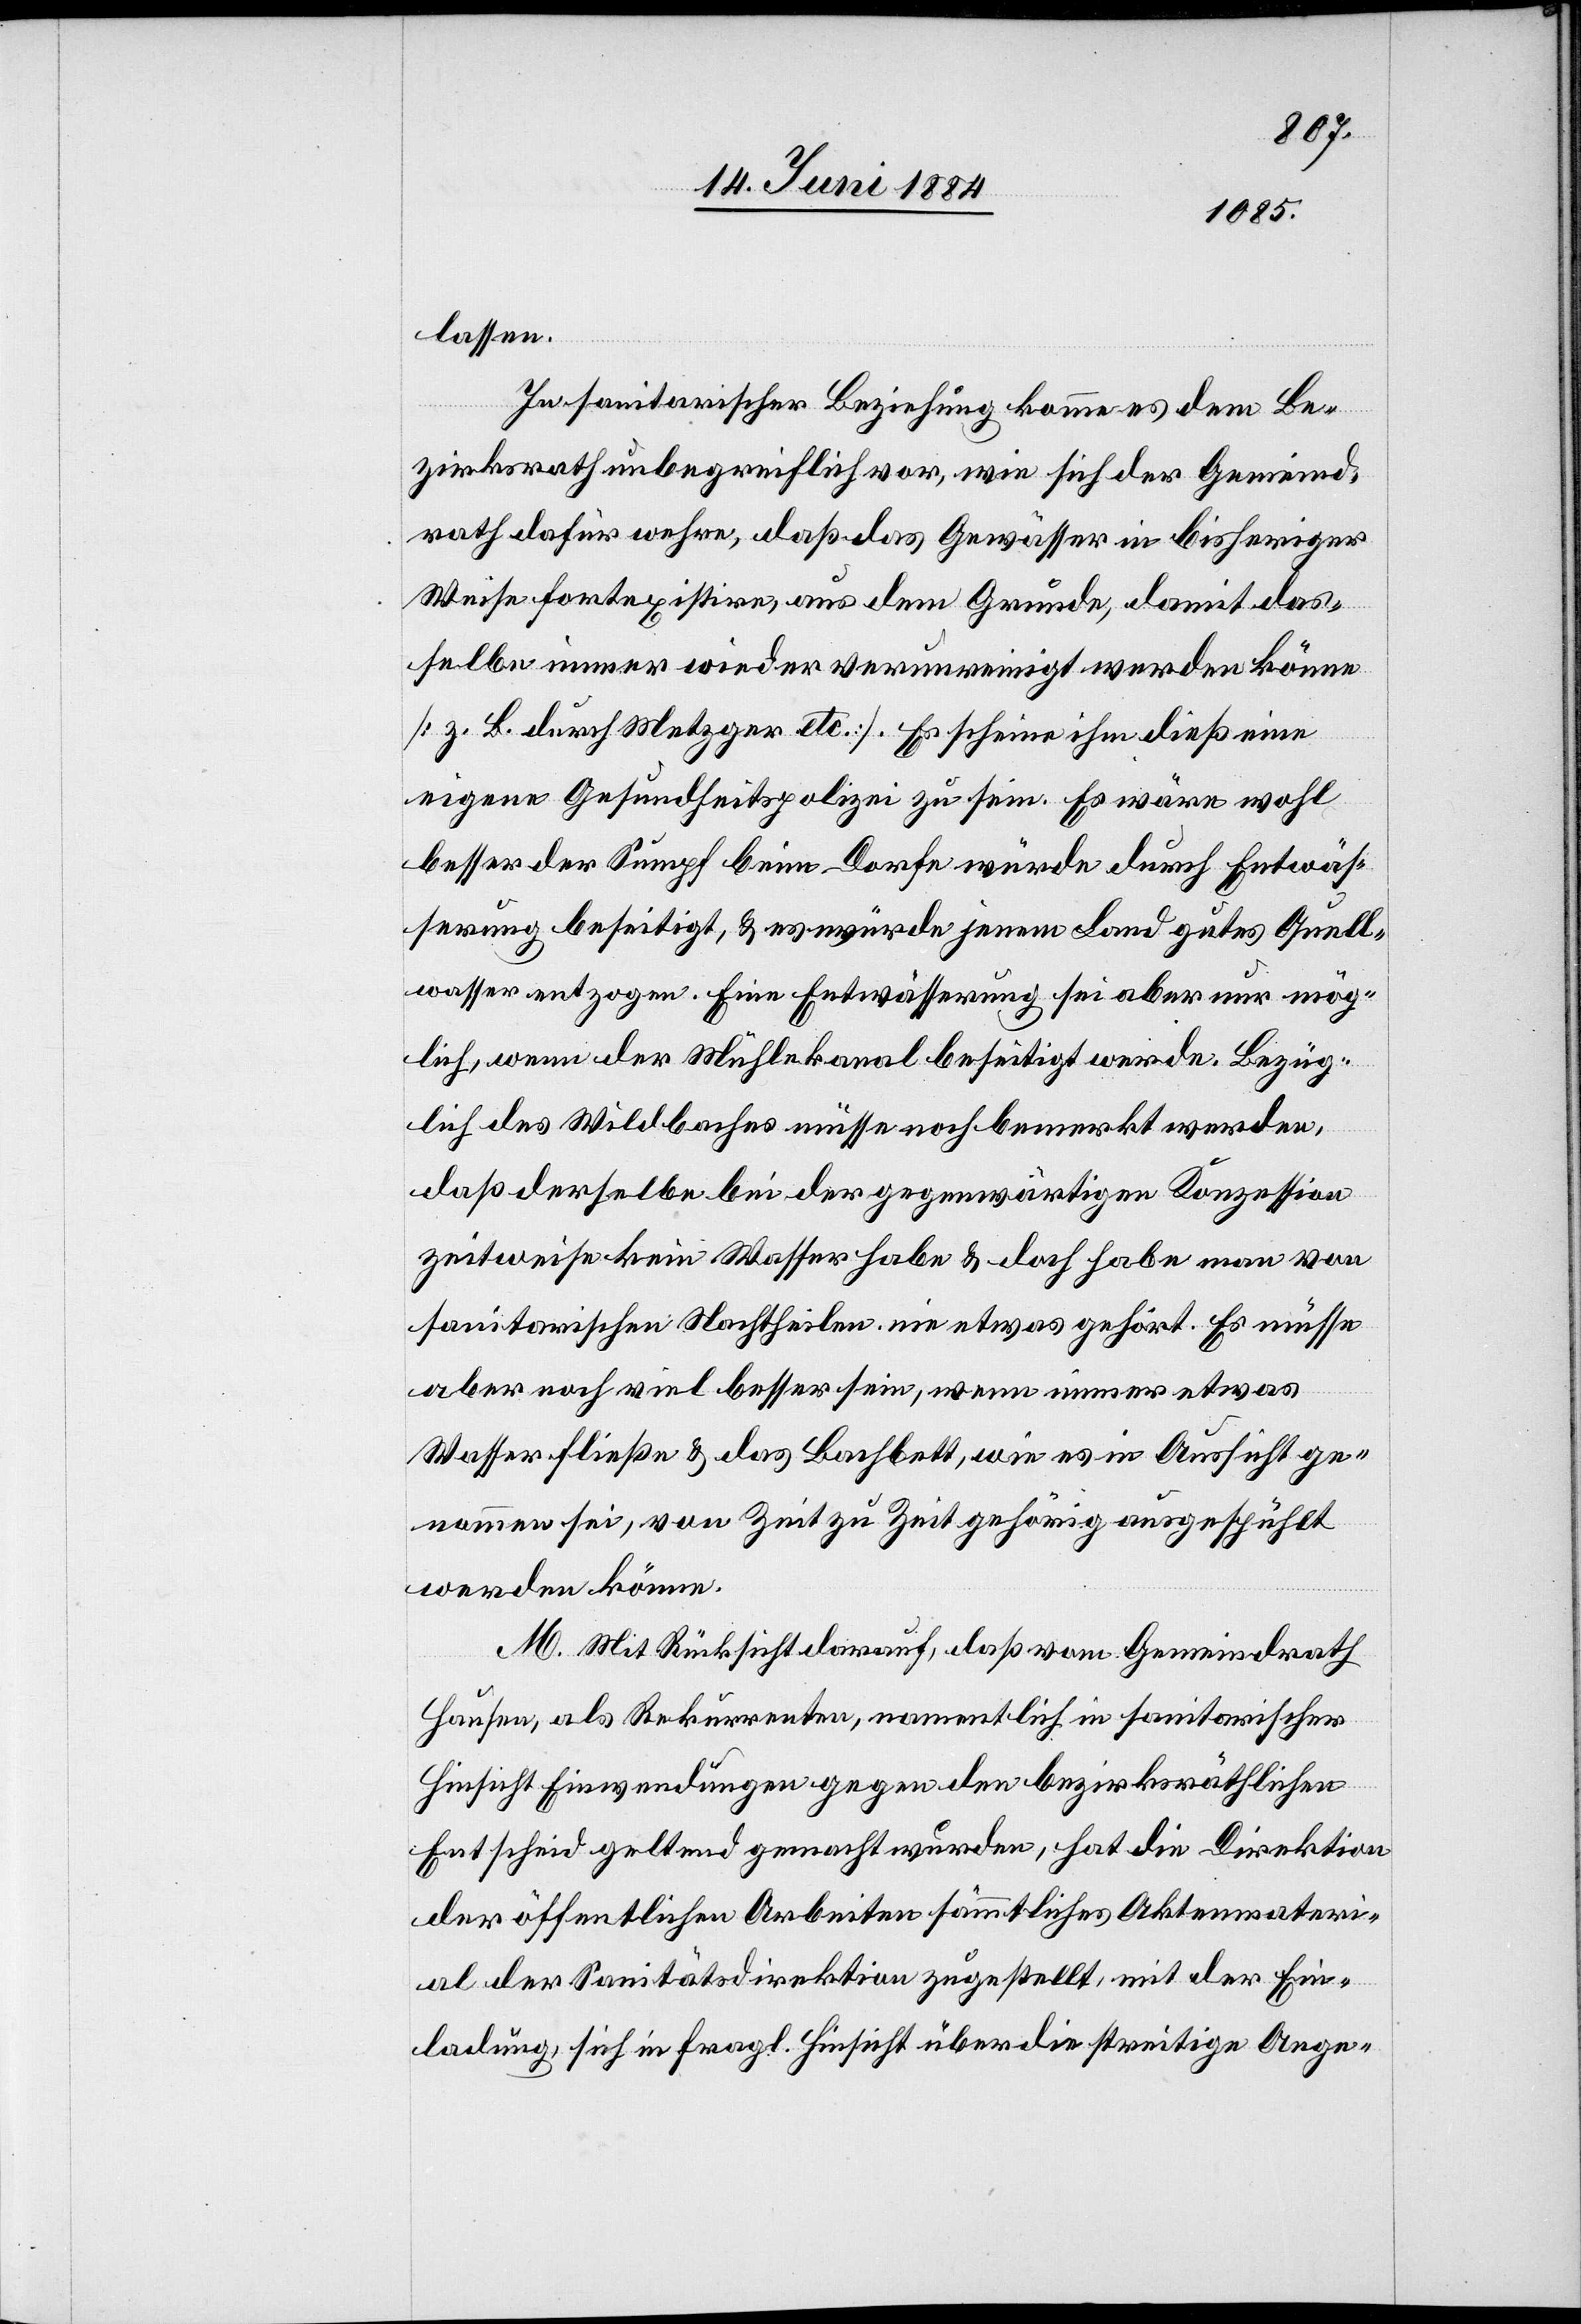
lassen.
In sanitarischer Beziehung komme es dem Be¬
zirksrath unbegreiflich vor, wie sich der Gemeind¬
rath dafür wehre, daß das Gewässer in bisheriger
Weise fortexistire, aus dem Grunde, damit das¬
selbe immer wieder verunreinigt werden könne
[z. B. durch Metzger etc.]. Es scheine ihm dieß eine
eigene Gesundheitspolizei zu sein. Es wäre wohl
besser der Sumpf beim Dorfe würde durch Entwäs¬
serung beseitigt, & es würde jenem Land gutes Quell¬
wasser entzogen. Eine Entwässerung sei aber nur mög¬
lich, wenn der Mühlekanal beseitigt werde. Bezüg¬
lich des Wildbaches müsse noch bemerkt werden,
daß derselbe bei der gegenwärtigen Konzession
zeitweise kein Wasser habe & doch habe man von
sanitarischen Nachtheilen nie etwas gehört. Es müsse
aber noch viel besser sein, wenn immer etwas
Wasser fließe & das Bachbett, wie es in Aussicht ge¬
nommen sei, von Zeit zu Zeit gehörig ausgespühlt
werden könne.
M. Mit Rücksicht, daß vom Gemeindrath
Hausen, als Rekurrenten, namentlich in sanitarischer
Hinsicht Einwendungen gegen den bezirksräthlichen
Entscheid geltend gemacht wurden, hat die Direktion
der öffentlichen Arbeiten sämmtliches Aktenmateri¬
al der Sanitätsdirektion zugestellt, mit der Ein¬
ladung sich in fragl. Hinsicht über die streitige Ange-